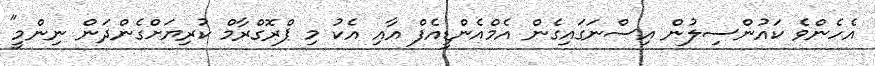
އެހެންވެ ކައުންސިލުން އިސްނަގައިގެން އެމްއެންޑީއެފް އާއި އެކު މި ޕްރޮގްރާމް ކުރިޔަށްގެންދަން ނިންމީ"